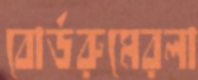
বোর্ডরুমেরলা